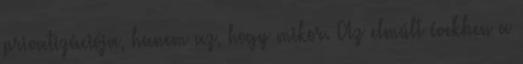
privatizációja, hanem az, hogy mikor. Az elmúlt években a